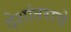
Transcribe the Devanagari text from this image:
देशांतराचे